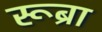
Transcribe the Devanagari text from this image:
रूब्रा